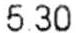
5.30